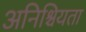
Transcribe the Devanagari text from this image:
अनिश्चियता